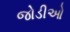
જોડીઓ